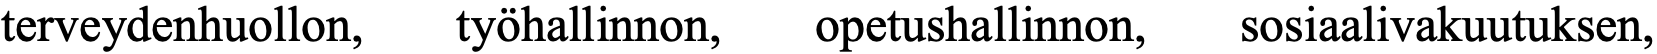
terveydenhuollon, työhallinnon, opetushallinnon, sosiaalivakuutuksen,